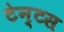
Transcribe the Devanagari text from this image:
टेन्टस